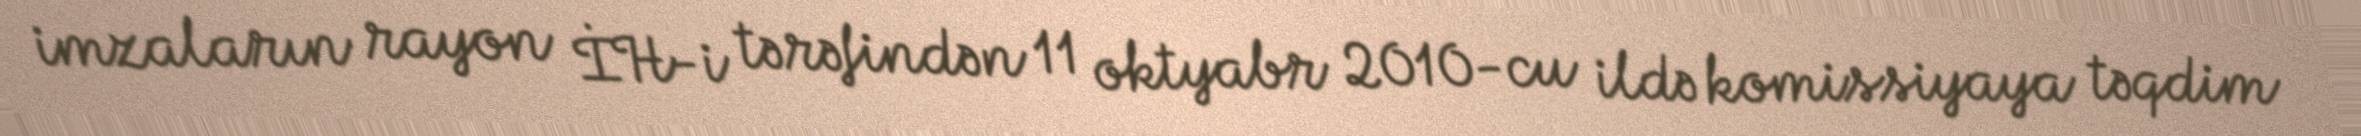
imzaların rayon İH-i tərəfindən 11 oktyabr 2010-cu ildə komissiyaya təqdim